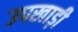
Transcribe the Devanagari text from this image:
उपखाड़ी